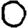
Digit: 0